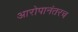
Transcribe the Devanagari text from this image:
आरोपानंतरच